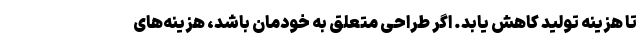
تا هزینه تولید کاهش یابد. اگر طراحی متعلق به خودمان باشد، هزینه‌های